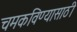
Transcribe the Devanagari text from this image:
चमकविण्यासाठी